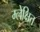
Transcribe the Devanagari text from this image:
म्लेक्षित